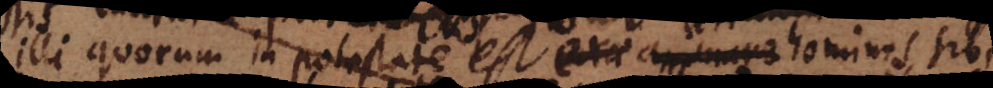
illi quorum in potestate est homines sibi